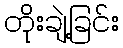
တိုးချဲ့ခြင်း